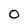
Character: 0